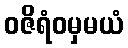
ဝဇိရံဝမှမယံ